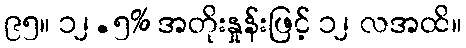
၉၅။ ၁၂.၅% အတိုးနှုန်းဖြင့် ၁၂ လအထိ။